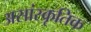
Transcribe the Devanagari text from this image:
असांस्कृतिक